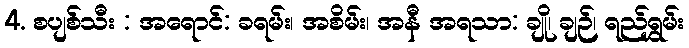
4. စပျစ်သီး : အရောင်: ခရမ်း၊ အစိမ်း၊ အနီ အရသာ: ချို၊ ချဉ်၊ ရည်ရွှမ်း